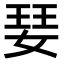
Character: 𭒁